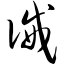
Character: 诫